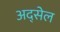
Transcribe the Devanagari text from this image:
अद्सेल